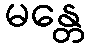
မန္တေ